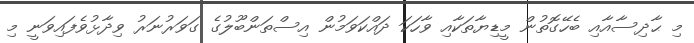
މި ޙާދިސާއާއި ބެހޭގޮތުން މީޑިޔާތަކާއި ވާހަކަ ދައްކަވަމުން އިސްތަންބޫލުގެ ގަވަރުނަރު ވިދާޅުވެފައިވަނީ މި